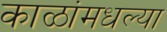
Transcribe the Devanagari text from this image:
काळांमधल्या